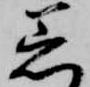
着